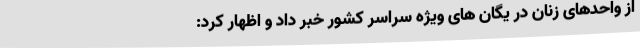
از واحدهای زنان در یگان‌ های ویژه سراسر کشور خبر داد و اظهار کرد: